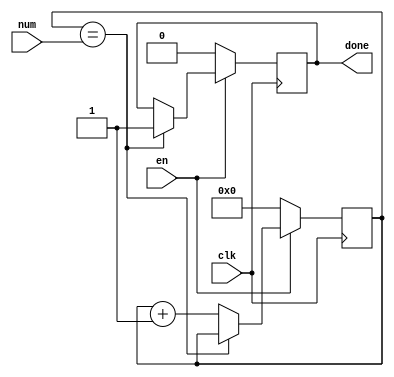
module counter2(input en,clk,num,output reg done);
  reg [5:0] count_num;
  always@(posedge clk)begin
    if(en == 0)begin done = 0;count_num = 6'b0;end
    else begin
      if(count_num == num )done =1;
      else count_num = count_num + 1;
    end
  end
endmodule